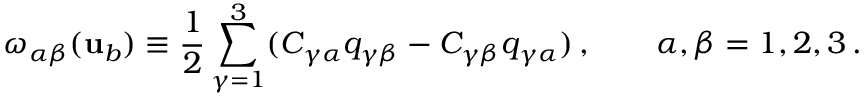
\omega _ { \alpha \beta } ( { \mathbf { u } } _ { b } ) \equiv \frac { 1 } { 2 } \sum _ { \gamma = 1 } ^ { 3 } ( C _ { \gamma \alpha } q _ { \gamma \beta } - C _ { \gamma \beta } q _ { \gamma \alpha } ) \, , \qquad \alpha , \beta = 1 , 2 , 3 \, .